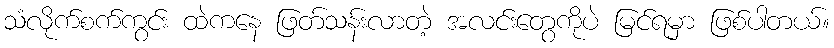
သံလိုက်စက်ကွင်း ထဲကနေ ဖြတ်သန်းလာတဲ့ အလင်းတွေကိုပဲ မြင်ရမှာ ဖြစ်ပါတယ်။